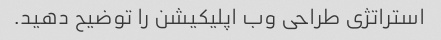
استراتژی طراحی وب اپلیکیشن را توضیح دهید.